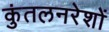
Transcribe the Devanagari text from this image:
कुंतलनरेशों